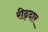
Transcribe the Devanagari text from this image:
रीढ़दार